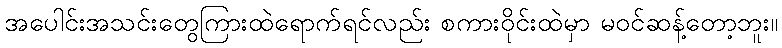
အပေါင်းအသင်းတွေကြားထဲရောက်ရင်လည်း စကားဝိုင်းထဲမှာ မဝင်ဆန့်တော့ဘူး။